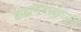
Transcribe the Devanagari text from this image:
ब्राह्मणवादाच्या